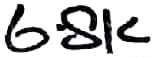
Text: 6.8K